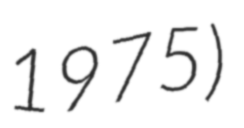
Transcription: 1975)